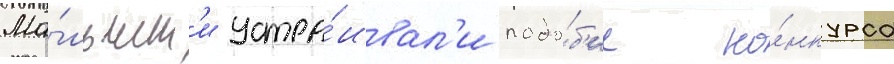
Ма́льчик'и устра́ивал'и подо́б'ие ко́нкурса